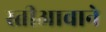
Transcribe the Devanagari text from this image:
स्तीआवाने